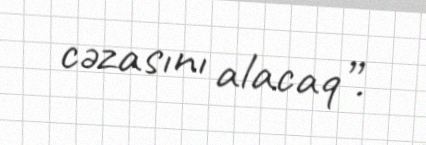
cəzasını alacaq”.